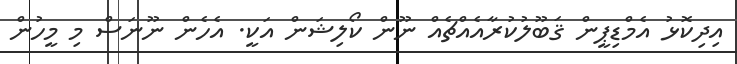
އިދިކޮޅު އެމްޑިޕީން ޤަބޫލުކުރާއެއްޗެއް ނޫން ކޯލިޝަން އަކީ. އެހެން ނޫނަސް މި މީހުން